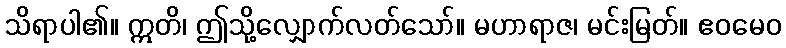
သိရာပါ၏။ ဣတိ၊ ဤသို့လျှောက်လတ်သော်။ မဟာရာဇ၊ မင်းမြတ်။ ဧဝမေဝ